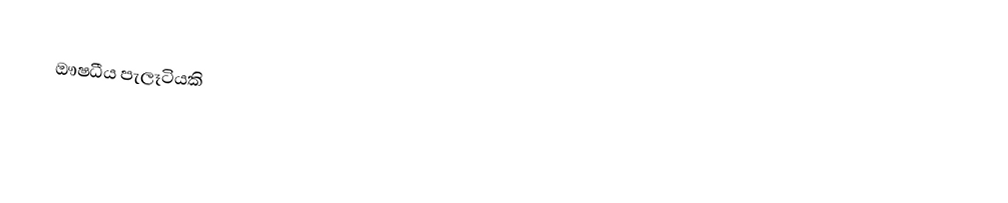
ඖෂධීය පැලෑටියකි